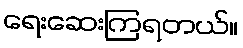
ရေးဆေးကြရတယ်။